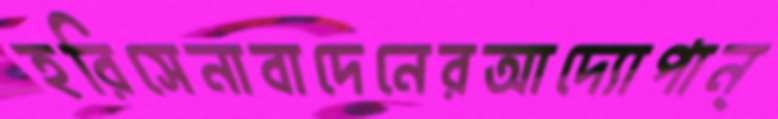
হরিসেনাবাদেনেরআদ্যোপান্